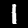
Digit: 1